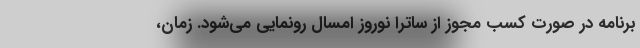
برنامه در صورت کسب مجوز از ساترا نوروز امسال رونمایی می‌شود. زمان،